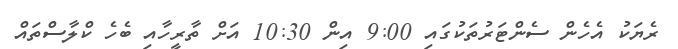
ރެޔަކު އެހެން ސެންޓަރުތަކުގައި 9:00 އިން 10:30 އަށް ތާރީހާއި ބެހެ ކްލާސްތައް